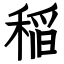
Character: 稲